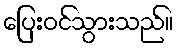
ပြေးဝင်သွားသည်။